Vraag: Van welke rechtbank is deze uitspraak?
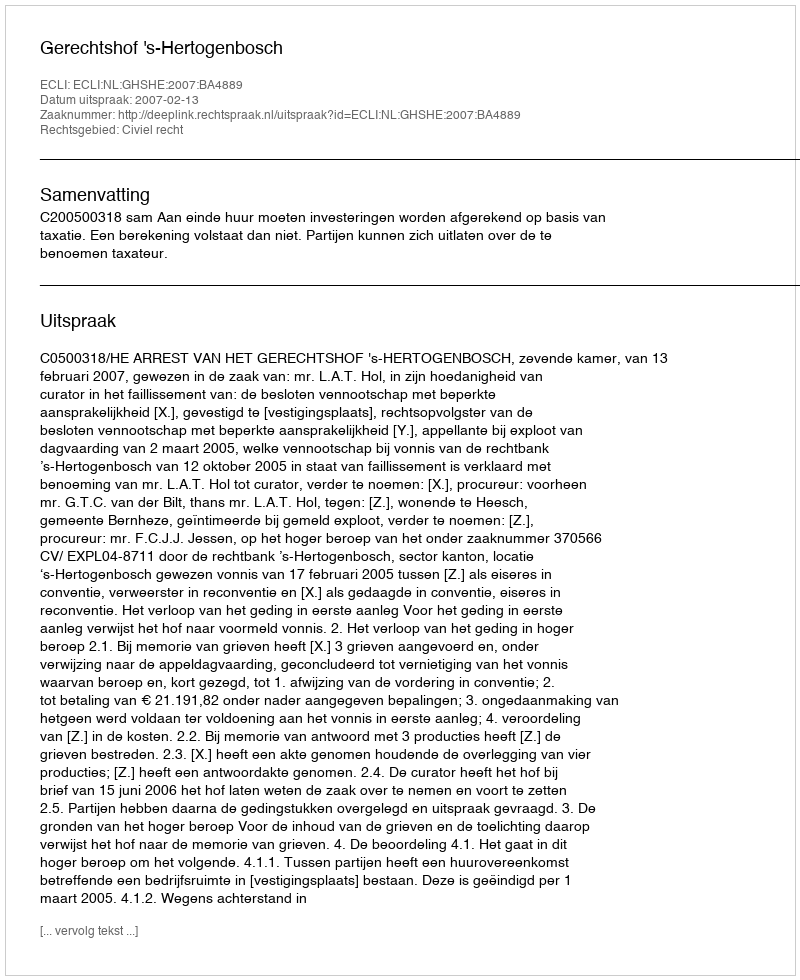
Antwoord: Gerechtshof 's-Hertogenbosch